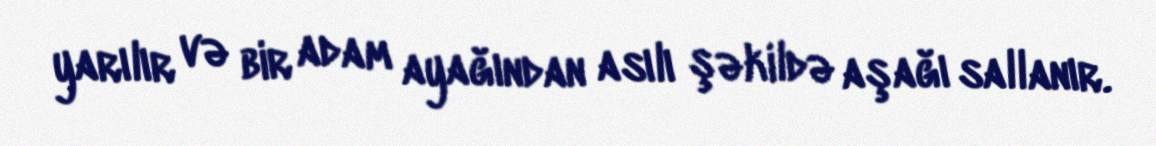
yarılır və bir adam ayağından asılı şəkildə aşağı sallanır.